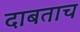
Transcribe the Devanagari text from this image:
दाबताच